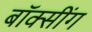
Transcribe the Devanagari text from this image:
बॉक्सींग